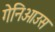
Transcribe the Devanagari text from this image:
गेनिओउस